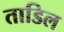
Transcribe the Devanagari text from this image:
ताडिल